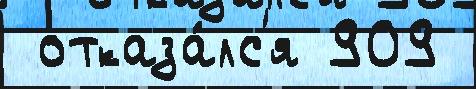
 отказа́лс'я 909